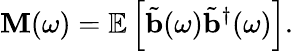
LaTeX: \mathbf{M}(\omega)=\mathbb{E}\left[\tilde{\mathbf{b}}(\omega)\tilde{\mathbf{b}}^{\dagger}(\omega)\right].